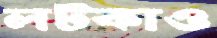
লট্‌কাও